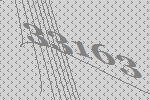
33163